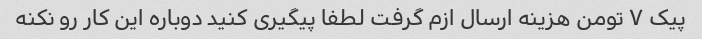
پیک ۷ تومن هزینه ارسال ازم گرفت لطفا پیگیری کنید دوباره این کار رو نکنه